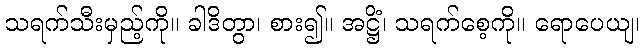
သရက်သီးမှည့်ကို။ ခါဒိတွာ၊ စား၍။ အဋ္ဌိံ၊ သရက်စေ့ကို။ ရောပေယျ၊